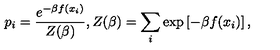
p _ { i } = { \frac { e ^ { - \beta f ( x _ { i } ) } } { Z ( \beta ) } } , Z ( \beta ) = \sum _ { i } { \exp \left[ { - \beta f ( x _ { i } ) } \right] , }